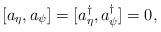
LaTeX: \begin{align*}[a_\eta,a_\psi]=[a^\dag_\eta,a^\dag_\psi]=0, \end{align*}